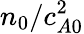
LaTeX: n_{0}/c_{A0}^{2}